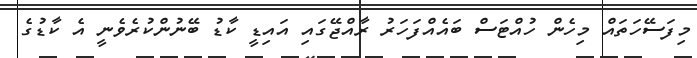
މިފަސޭހަތައް މިހެން ހުއްޓަސް ބައެއްފަހަރު ރާއްޖޭގައި އައިޑީ ކާޑު ބޭނުންކުރެވެނީ އެ ކާޑުގެ